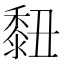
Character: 𪏲